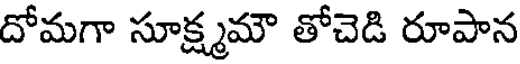
దోమగా సూక్ష్మమౌ తోచెడి రూపాన